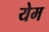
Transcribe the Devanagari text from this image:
येम